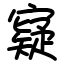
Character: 寲